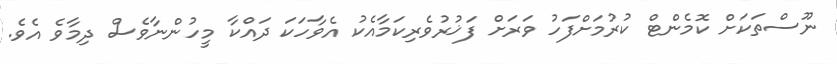
ނޫސްތަކަށް ކޮމެންޓް ކުރުމަށްފަހު ވަރަށް ފަޚުރުވެރިކަމާއެކު އެވާހަކަ ދައްކާ މީހުންނާވެސް ދިމާވެ އެވެ.